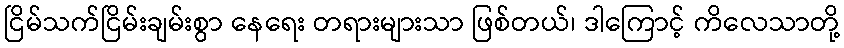
ငြိမ်သက်ငြိမ်းချမ်းစွာ နေရေး တရားများသာ ဖြစ်တယ်၊ ဒါကြောင့် ကိလေသာတို့